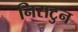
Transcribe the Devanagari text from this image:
निसटुन